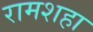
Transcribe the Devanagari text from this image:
रामशहा